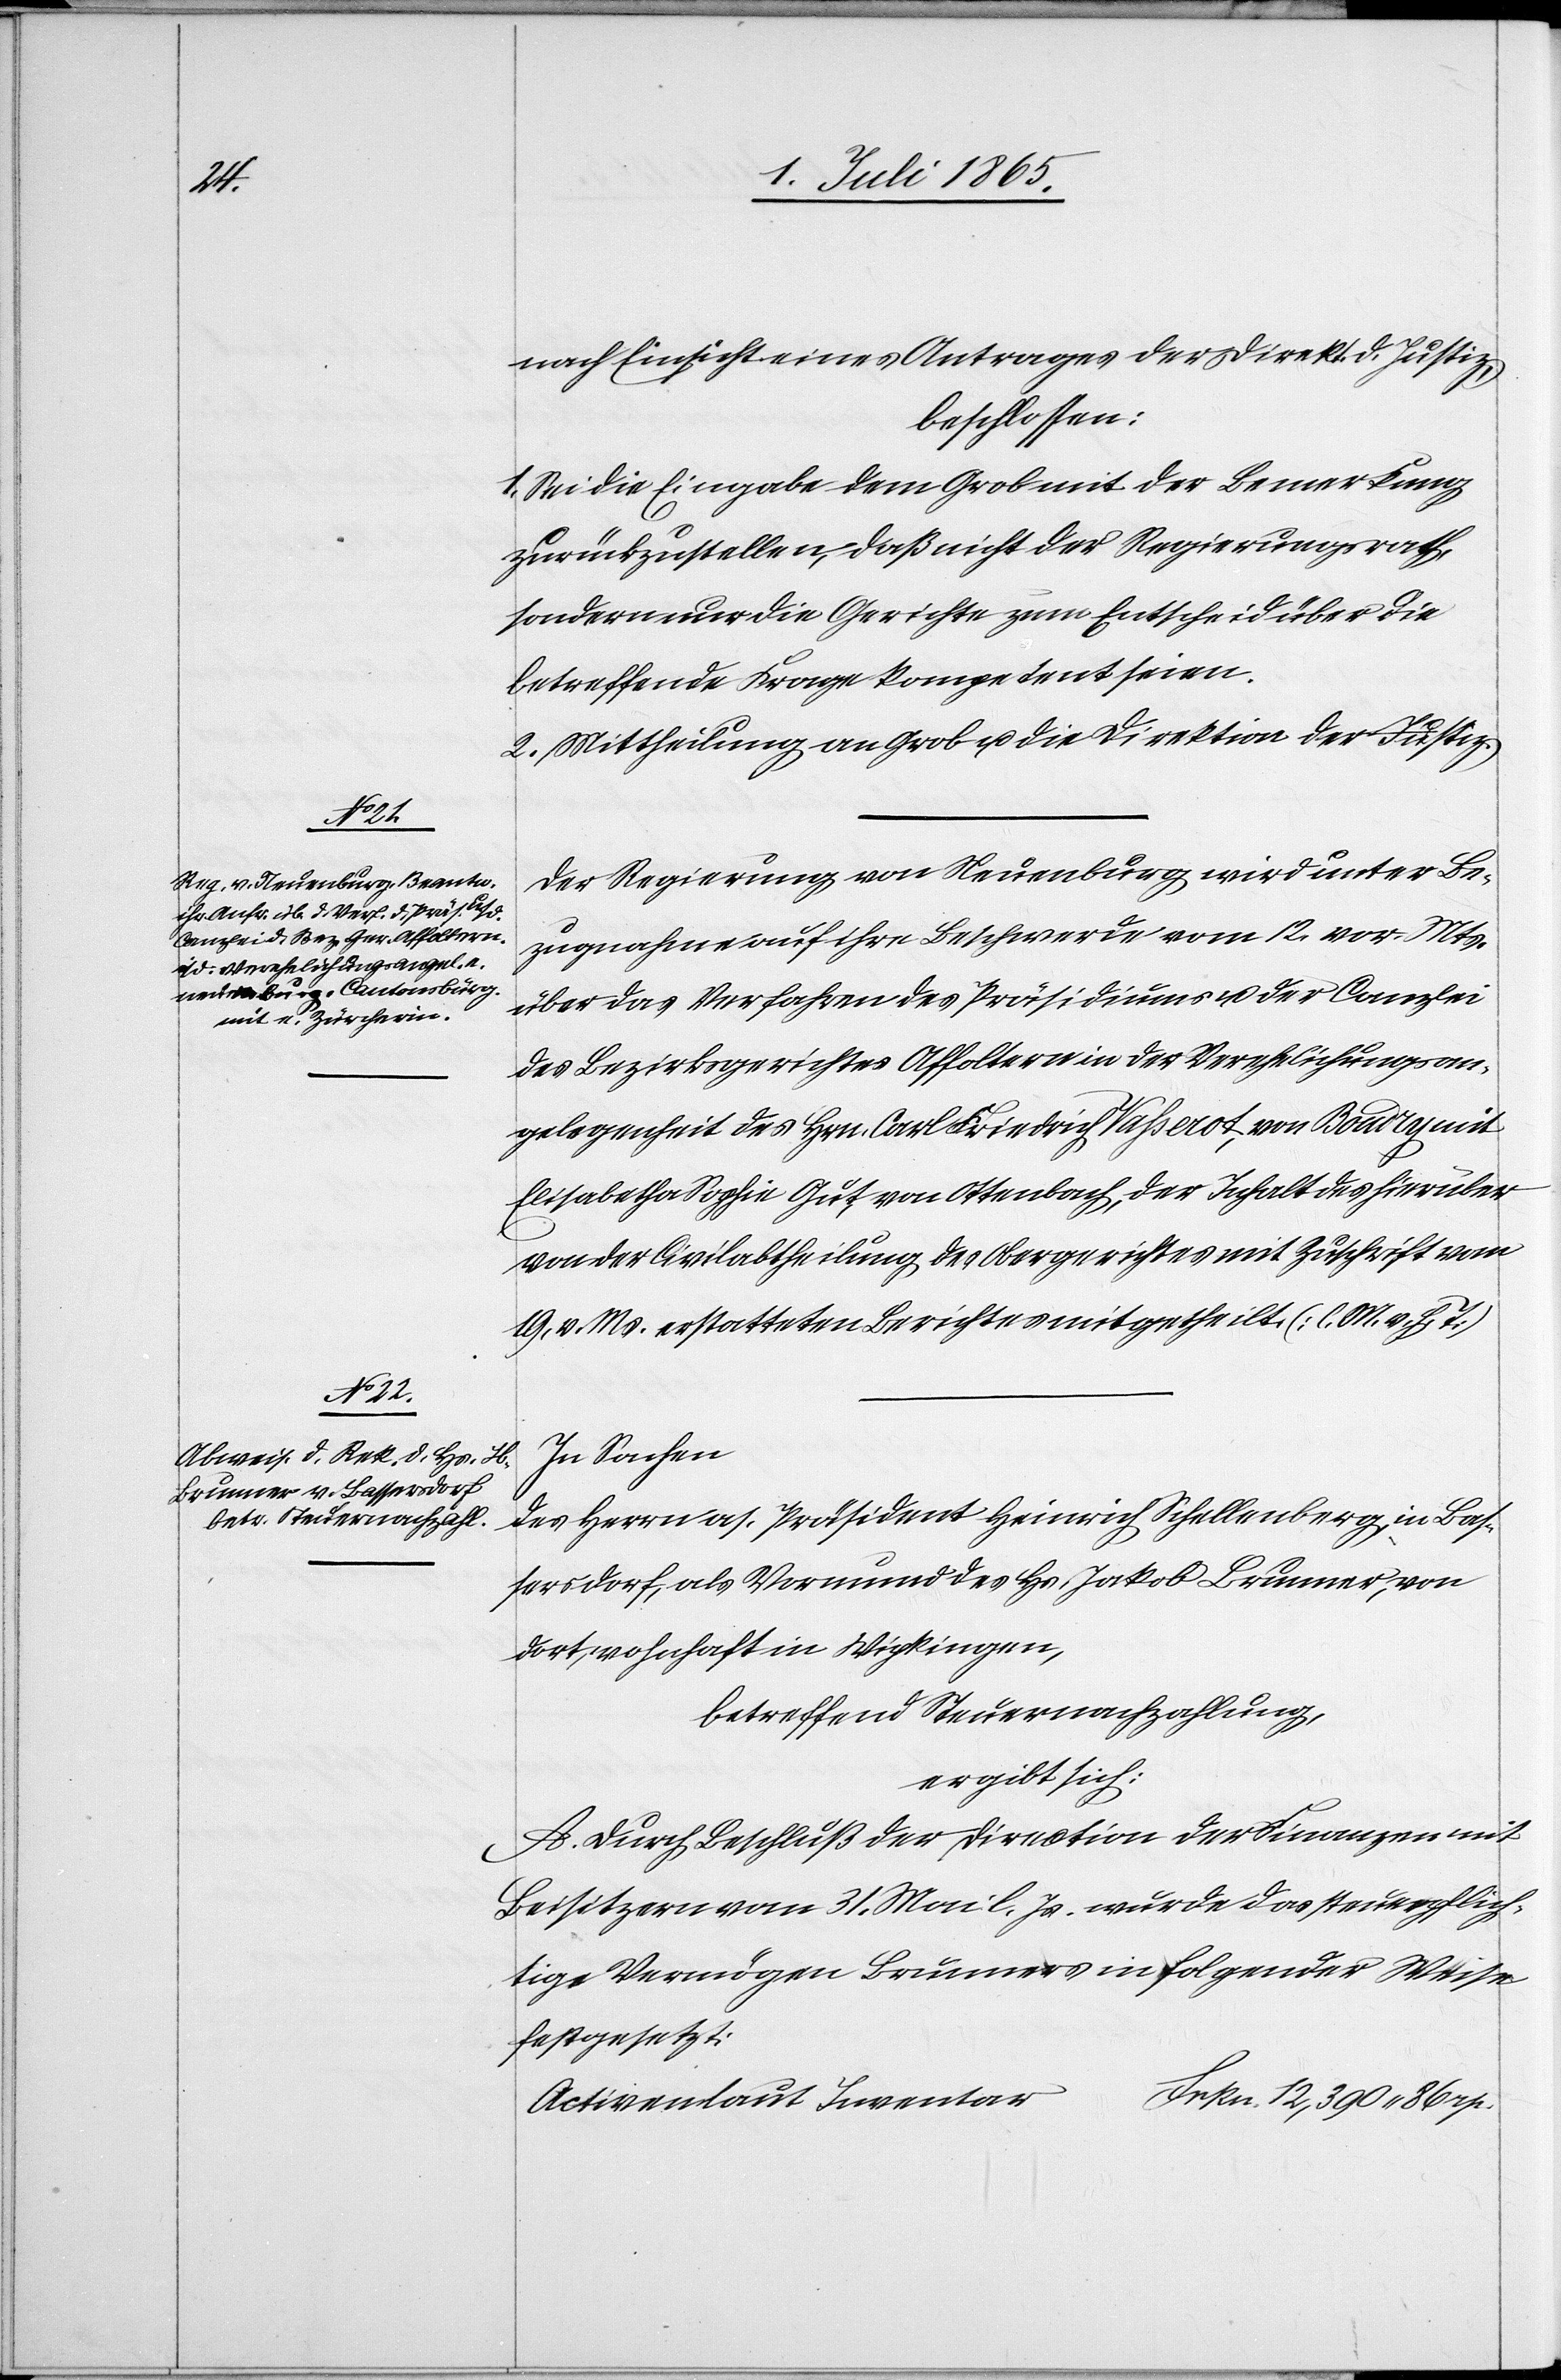
nach Einsicht eines Antrages der Direkt. d. Justiz,
beschlossen:
1. Sei die Eingabe dem Grob mit der Bemerkung
zurückzustellen, daß nicht der Regierungsrath,
sondern nur die Gerichte zum entscheid über die
betreffende Frage kompetent seien.
2. Mittheilung an Grob u. die Direktion der Justiz.
Der Regierung von Neuenburg, wird unter Be¬
zugnahme auf ihre Beschwerde vom 12. vor. Mts.
über das Verfahren des Präsidiums u. der Canzlei
des Bezirksgerichtes Affoltern in der Verehelichungsan¬
gelegenheit des Hrn. Carl. Friedrich Vasserot, von Boudry mit
Elisabetha Sophie Gut von Ottenbach, der Inhalt des hierüber
von der Civilabtheilung des Obergerichtes mit Zuschrift vom
19. v. Ms. erstatteten Berichtes mitgetheilt. [l. M. v. h. T]
In Sachen
des Herrn as. Präsident Heinrich Schellenberg, in Bas¬
sersdorf, als Vormund des Hs. Jakob Brunner, von
dort, wohnhaft in Wipkingen,
betreffend Steuernachzahlung,
ergibt sich:
A. Durch Beschluß der Direction der Finanzen mit
Beisitzern vom 31. Mai l. Js. wurde das steuerpflich¬
tige Vermögen Brunners in folgender Weise
festgesetzt:
Activen laut Inventar